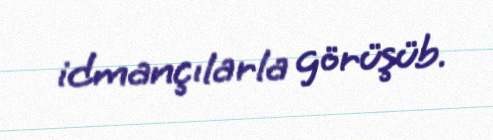
idmançılarla görüşüb.